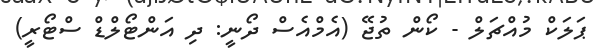
ޕަލަކް މުއްޗަލް - ކޯން ތުޖޭ (އެމްއެސް ދޯނީ: ދި އަންޓޯލްޑް ސްޓޯރީ)